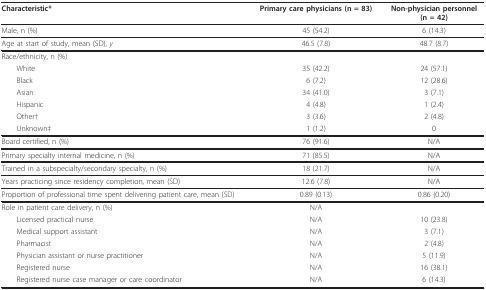
<table><thead><tr><td><b>Characteristic*</b></td><td><b>Primary care physicians (n = 83)</b></td><td><b>Non-physician personnel(n = 42)</b></td></tr></thead><tbody><tr><td>Male, n (%)</td><td>45 (54.2)</td><td>6 (14.3)</td></tr><tr><td>Age at start of study, mean (SD), <i>y</i></td><td>46.5 (7.8)</td><td>48.7 (8.7)</td></tr><tr><td>Race/ethnicity, n (%)</td><td></td><td></td></tr><tr><td> White</td><td>35 (42.2)</td><td>24 (57.1)</td></tr><tr><td> Black</td><td>6 (7.2)</td><td>12 (28.6)</td></tr><tr><td> Asian</td><td>34 (41.0)</td><td>3 (7.1)</td></tr><tr><td> Hispanic</td><td>4 (4.8)</td><td>1 (2.4)</td></tr><tr><td> Other†</td><td>3 (3.6)</td><td>2 (4.8)</td></tr><tr><td> Unknown‡</td><td>1 (1.2)</td><td>0</td></tr><tr><td>Board certified, n (%)</td><td>76 (91.6)</td><td>N/A</td></tr><tr><td>Primary specialty internal medicine, n (%)</td><td>71 (85.5)</td><td>N/A</td></tr><tr><td>Trained in a subspecialty/secondary specialty, n (%)</td><td>18 (21.7)</td><td>N/A</td></tr><tr><td>Years practicing since residency completion, mean (SD)</td><td>12.6 (7.8)</td><td>N/A</td></tr><tr><td>Proportion of professional time spent delivering patient care, mean (SD)</td><td>0.89 (0.13)</td><td>0.86 (0.20)</td></tr><tr><td>Role in patient care delivery, n (%)</td><td>N/A</td><td></td></tr><tr><td> Licensed practical nurse</td><td>N/A</td><td>10 (23.8)</td></tr><tr><td> Medical support assistant</td><td>N/A</td><td>3 (7.1)</td></tr><tr><td> Pharmacist</td><td>N/A</td><td>2 (4.8)</td></tr><tr><td> Physician assistant or nurse practitioner</td><td>N/A</td><td>5 (11.9)</td></tr><tr><td> Registered nurse</td><td>N/A</td><td>16 (38.1)</td></tr><tr><td> Registered nurse case manager or care coordinator</td><td>N/A</td><td>6 (14.3)</td></tr></tbody></table>